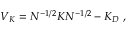
V _ { K } = N ^ { - 1 / 2 } K N ^ { - 1 / 2 } - K _ { D } ~ ,